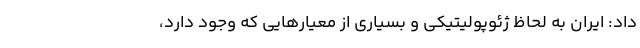
داد: ایران به لحاظ ژئوپولیتیکی و بسیاری از معیار‌هایی که وجود دارد،